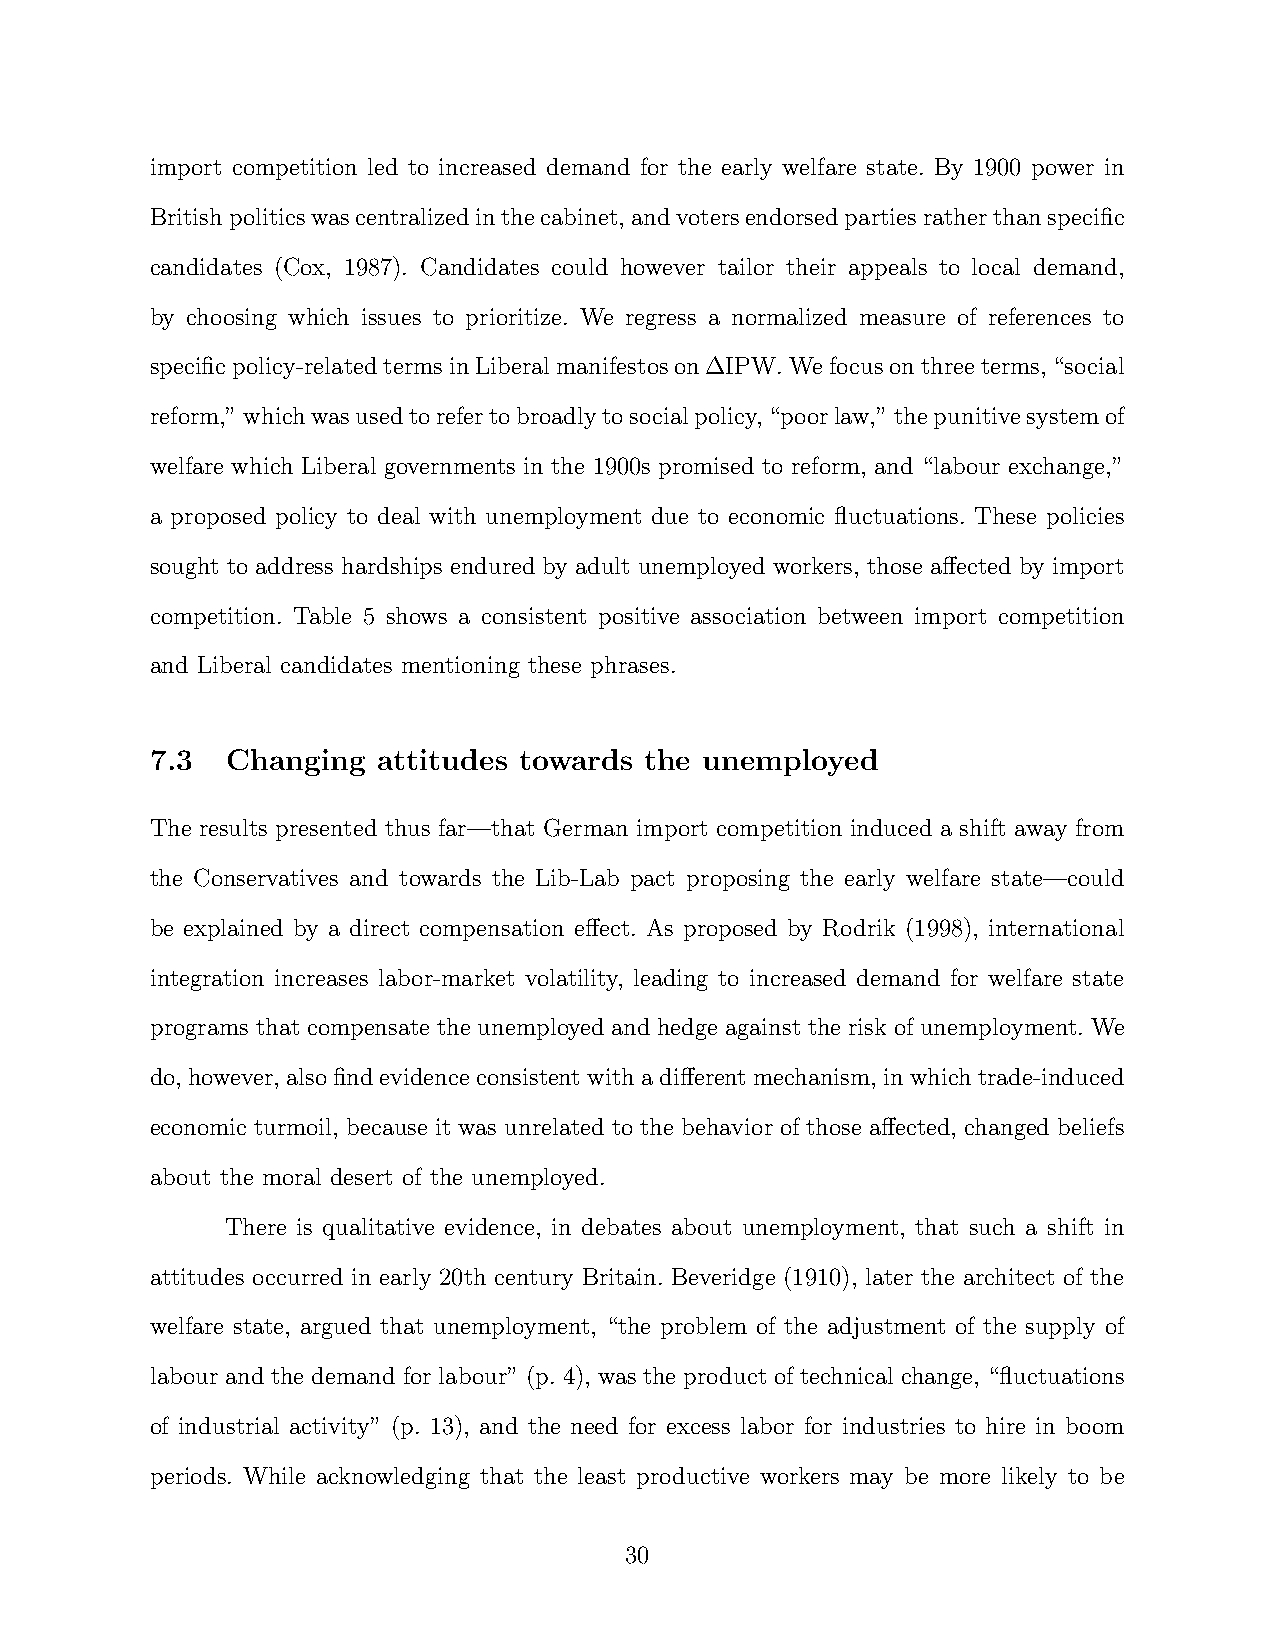
import competition led to increased demand for the early welfare state. By 1900 power in
 Britishpoliticswascentralizedinthecabinet,andvotersendorsedpartiesratherthanspecific
 candidates (Cox, 1987). Candidates could however tailor their appeals to local demand,
 by choosing which issues to prioritize. We regress a normalized measure of references to
 specificpolicy-relatedtermsinLiberalmanifestoson∆IPW.Wefocusonthreeterms,“social
 reform,”whichwasusedtorefertobroadlytosocialpolicy,“poorlaw,”thepunitivesystemof
 welfare which Liberal governments in the 1900s promised to reform, and “labour exchange,”
 a proposed policy to deal with unemployment due to economic fluctuations. These policies
 sought to address hardships endured by adult unemployed workers, those affected by import
 competition. Table 5 shows a consistent positive association between import competition
 and Liberal candidates mentioning these phrases.
 7.3  Changing  attitudes towards the unemployed
 The results presented thus far—that German import competition induced a shift away from
 the Conservatives and towards the Lib-Lab pact proposing the early welfare state—could
 be explained by a direct compensation effect. As proposed by Rodrik (1998), international
 integration increases labor-market volatility, leading to increased demand for welfare state
 programs that compensate the unemployed and hedge against the risk of unemployment. We
 do,however,alsofindevidenceconsistentwithadifferentmechanism,inwhichtrade-induced
 economic turmoil, because it was unrelated to the behavior of those affected, changed beliefs
 about the moral desert of the unemployed.
 There is qualitative evidence, in debates about unemployment, that such a shift in
 attitudes occurred in early 20th century Britain. Beveridge (1910), later the architect of the
 welfare state, argued that unemployment, “the problem of the adjustment of the supply of
 labour and the demand for labour” (p. 4), was the product of technical change, “fluctuations
 of industrial activity” (p. 13), and the need for excess labor for industries to hire in boom
 periods. While acknowledging that the least productive workers may be more likely to be
 30